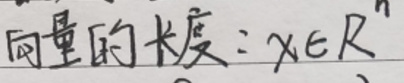
向量的长度$: x\in R^{n}$